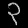
Digit: ၃